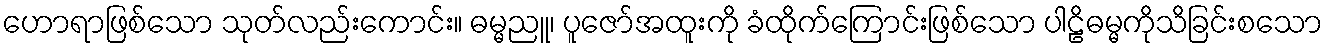
ဟောရာဖြစ်သော သုတ်လည်းကောင်း။ ဓမ္မညူ၊ ပူဇော်အထူးကို ခံထိုက်ကြောင်းဖြစ်သော ပါဠိဓမ္မကိုသိခြင်းစသော